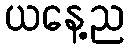
ယနေ့ည